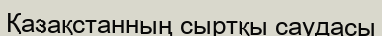
Қазақстанның сыртқы саудасы